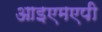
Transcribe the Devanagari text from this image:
आइएमएपी